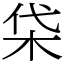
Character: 柋